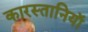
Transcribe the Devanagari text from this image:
कारस्तानियाॅ